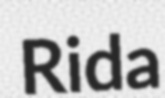
Rida